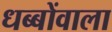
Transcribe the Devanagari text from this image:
धब्बोंवाला